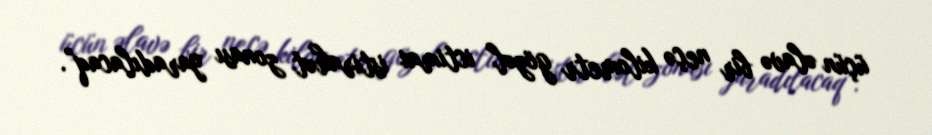
üçün əlavə bir neçə kilometr gözəl ictimai istirahət zonası yaradılacaq”.